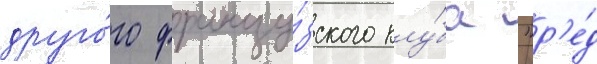
друго́го францу́зского клу́ба "р'е́д